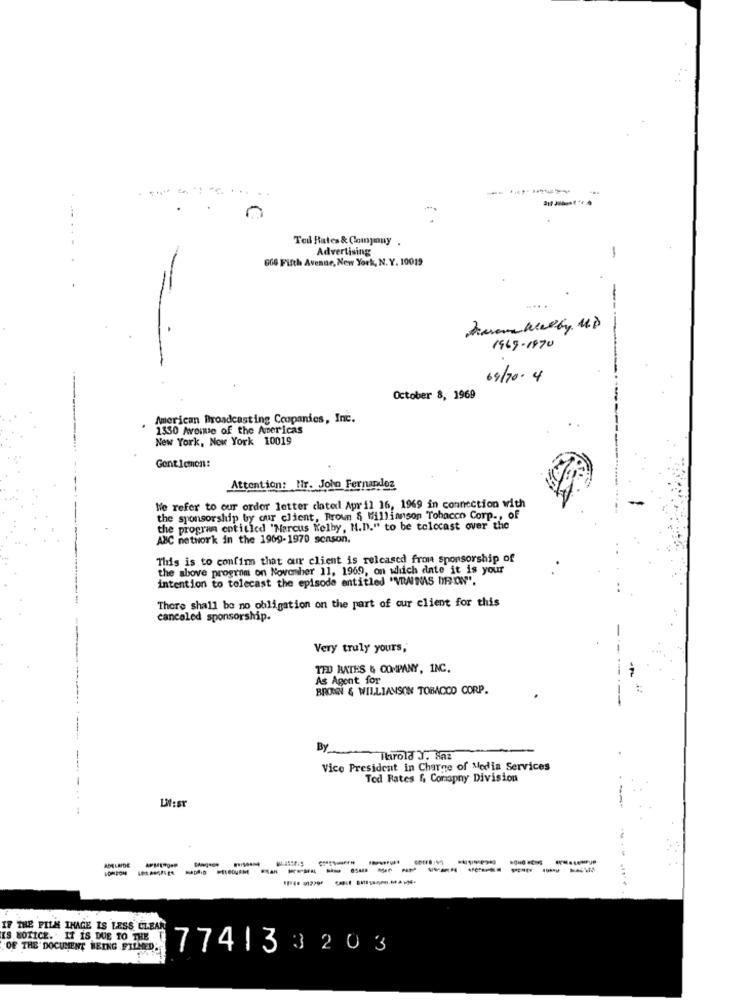
Teil Rates & Company .
Advertising
666 Fifth Avenue, New York, N. Y. 10019
-
1969-1870
09/20.4
October 8, 1969
American Broadcasting Ccopanies, Inc.
1330 Avenue of the Americas
New York, New York 10019
Gent icmon:
Attention: Hir. Joho Fernandez
We refer to our order letter clated April 16, 1969 in connection with
the sponsorship by our client, Brown S Williamson Tobacco Corp ., of
the program entitled "Marcus Welby, N.D." to be telecast over the
ABC network in the 1969-1970 season.
This is to confim that our client is released from sponsorship of
the above program on November 11, 1969, on which date it is your
intention to telecast the episode entitled "VRAINAS DRON".
There shall be no obligation on the part of our client for this
canceled sponsorship.
Very truly yours,
TED BATES & COMPANY, INC.
As Agent for
BRONN & WILLIAMSON TOBACCO CORP.
By
Throld J. Saz
Vice President in Charge of Media Services
Ted Rates f, Comapny Division
UN:sr
-
ADELAIDE
----------------
IF THE PILA IMAGE IS LESS, CLEAR
IS NOTICE. . IT IS DUE TO THE
OF THE DOCUMENT BEING FILMED.
774133203